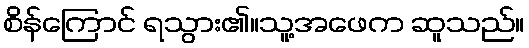
စိန်ကြောင် ရသွား၏။သူ့အဖေက ဆူသည်။